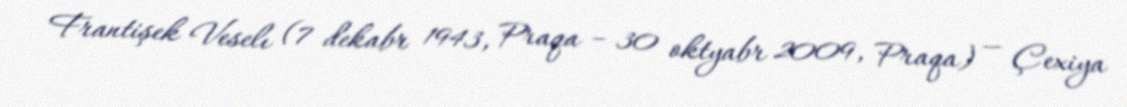
Frantişek Veselı (7 dekabr 1943, Praqa – 30 oktyabr 2009, Praqa) — Çexiya